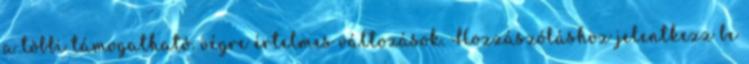
a többi támogatható. végre értelmes változások. Hozzászóláshoz jelentkezz be